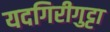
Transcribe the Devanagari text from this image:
यदगिरीगुट्टा